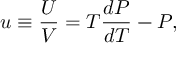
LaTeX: u \equiv \frac { U } { V } = T \frac { d { \cal P } } { d T } - { \cal P } ,